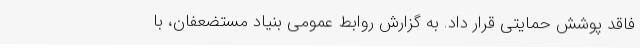
فاقد پوشش حمایتی قرار داد. به گزارش روابط عمومی بنیاد مستضعفان، با